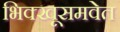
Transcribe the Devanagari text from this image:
भिक्खूसमवेत